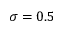
\sigma = 0 . 5